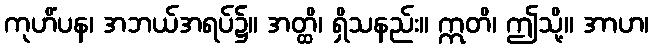
ကုဟိံပန၊ အဘယ်အရပ်၌။ အတ္ထိ၊ ရှိသနည်း။ ဣတိ၊ ဤသို့။ အာဟ၊